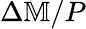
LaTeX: \Delta\mathbb{M}/P